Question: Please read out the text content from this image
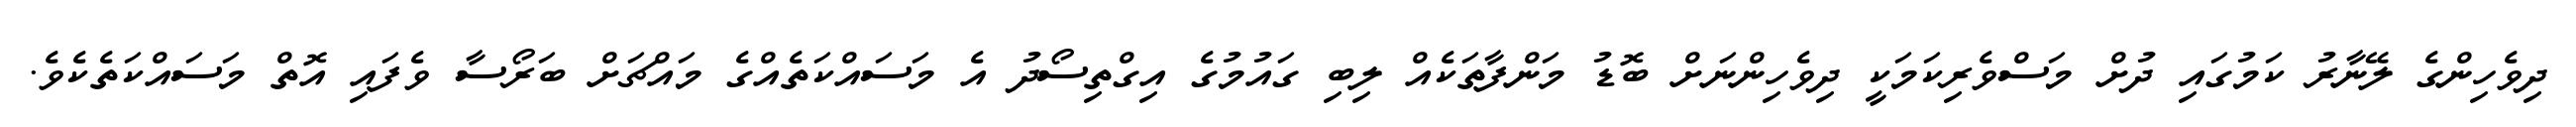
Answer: ދިވެހިންގެ ލޭނާރު ކަމުގައި ދުށް މަސްވެރިކަމަކީ ދިވެހިންނަށް ބޮޑު މަންފާތަކެއް ލިބި ގައުމުގެ އިގްތިސޯދު އެ މަސައްކަތެއްގެ މައްޗަށް ބަރޯސާ ވެފައި އޮތް މަސައްކަތެކެވެ.